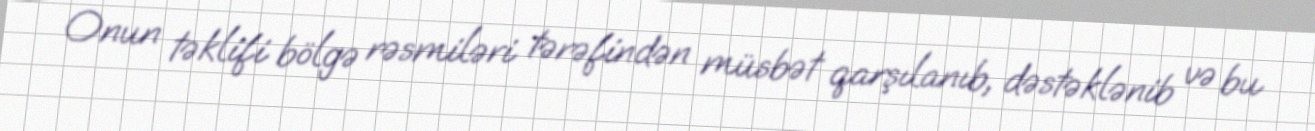
Onun təklifi bölgə rəsmiləri tərəfindən müsbət qarşılanıb, dəstəklənib və bu